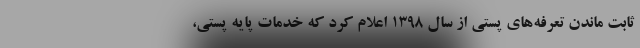
ثابت ماندن تعرفه‌های پستی از سال ۱۳۹۸ اعلام کرد که خدمات پایه پستی،